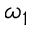
\omega _ { 1 }